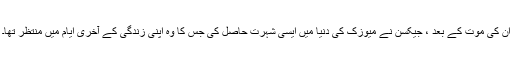
ان کی موت کے بعد ، جیکسن نے میوزک کی دنیا میں ایسی شہرت حاصل کی جس کا وہ اپنی زندگی کے آخری ایام میں منتظر تھا۔